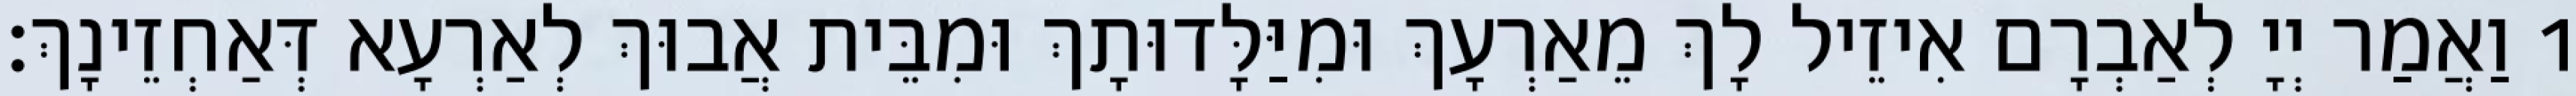
1 וַאֲמַר יְיָ לְאַבְרָם אִיזֵיל לָךְ מֵאַרְעָךְ וּמִיַּלָּדוּתָךְ וּמִבֵּית אֲבוּךְ לְאַרְעָא דְּאַחְזֵינָךְ׃